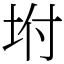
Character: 坿